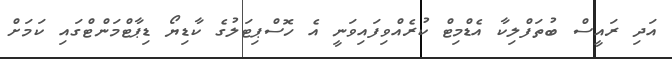
އަދި ރައީސް ބުތަފްލިކާ އެޑްމިޓް ކުރެއްވިފައިވަނީ އެ ހޮސްޕިޓަލުގެ ކާޑިޔޯ ޑިޕާޓްމަންޓްގައި ކަމަށް